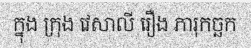
ក្នុង ក្រុង វេសាលី រឿង ភារុកច្ឆក